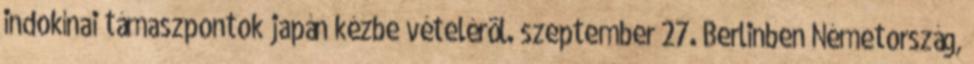
indokínai támaszpontok japán kézbe vételérõl. szeptember 27. Berlinben Németország,